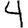
Digit: 4